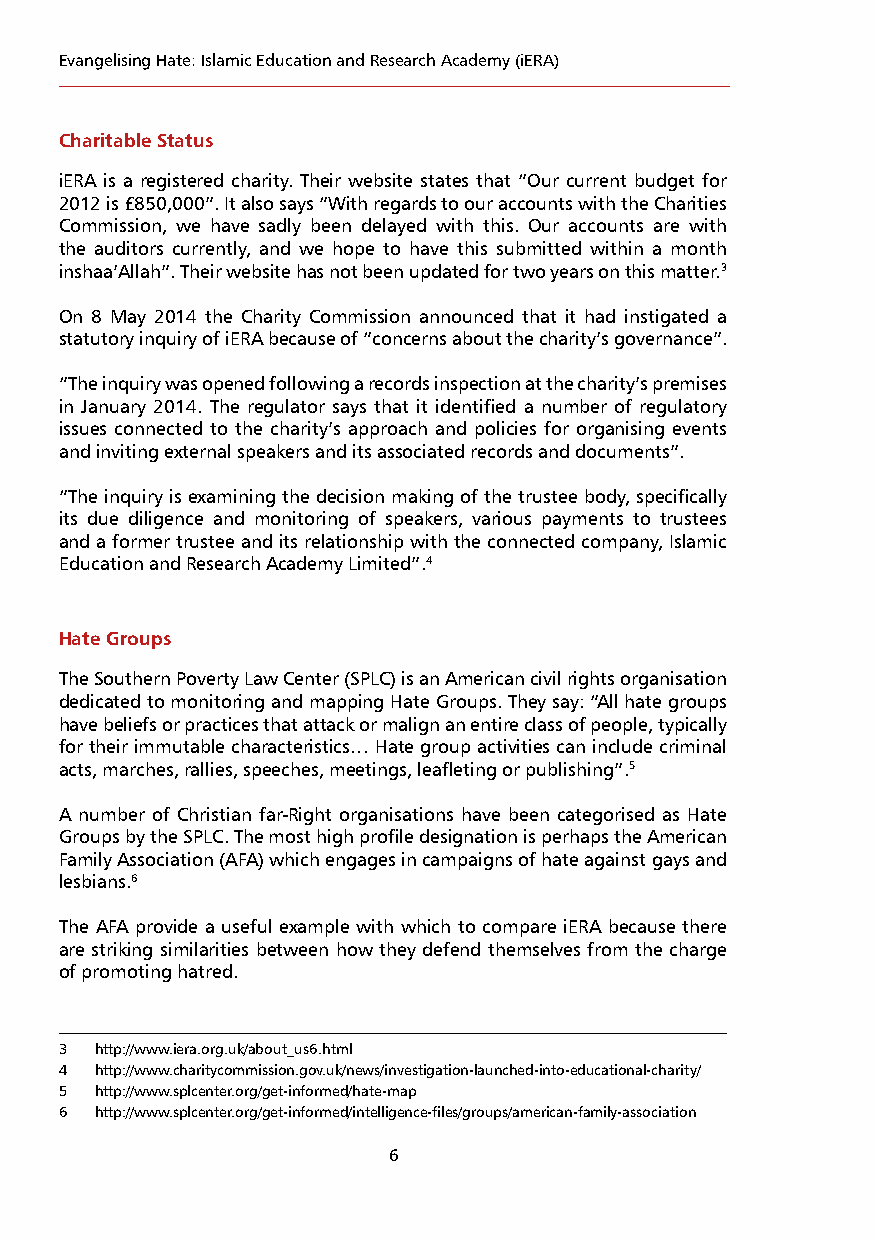
Evangelising Hate: Islamic Education and Research Academy (iERA)
 Charitable Status
 iERA is a registered charity. Their website states that “Our current budget for
 2012 is £850,000”. It also says “With regards to our accounts with the Charities
 Commission, we have sadly been delayed with this. Our accounts are with
 the auditors currently, and we hope to have this submitted within a month
 inshaa’Allah”. Their website has not been updated for two years on this matter.3
 On 8 May 2014 the Charity Commission announced that it had instigated a
 statutory inquiry of iERA because of “concerns about the charity’s governance”.
 “The inquiry was opened following a records inspection at the charity’s premises
 in January 2014. The regulator says that it identified a number of regulatory
 issues connected to the charity’s approach and policies for organising events
 and inviting external speakers and its associated records and documents”.
 “The inquiry is examining the decision making of the trustee body, specifically
 its due diligence and monitoring of speakers, various payments to trustees
 and a former trustee and its relationship with the connected company, Islamic
 Education and Research Academy Limited”.4
 Hate Groups
 The Southern Poverty Law Center (SPLC) is an American civil rights organisation
 dedicated to monitoring and mapping Hate Groups. They say: “All hate groups
 have beliefs or practices that attack or malign an entire class of people, typically
 for their immutable characteristics… Hate group activities can include criminal
 acts, marches, rallies, speeches, meetings, leafleting or publishing”.5
 A number of Christian far-Right organisations have been categorised as Hate
 Groups by the SPLC. The most high profile designation is perhaps the American
 Family Association (AFA) which engages in campaigns of hate against gays and
 lesbians.6
 The AFA provide a useful example with which to compare iERA because there
 are striking similarities between how they defend themselves from the charge
 of promoting hatred.
 3 http://www.iera.org.uk/about_us6.html
 4 http://www.charitycommission.gov.uk/news/investigation-launched-into-educational-charity/
 5 http://www.splcenter.org/get-informed/hate-map
 6 http://www.splcenter.org/get-informed/intelligence-files/groups/american-family-association
 6